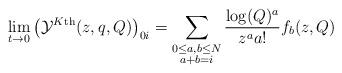
LaTeX: \begin{align*} \lim_{t \to 0} \left(\mathcal{Y}^{K \textnormal{th}}(z,q,Q) \right)_{0i} = \sum_{\substack{ 0 \leq a, b \leq N \\ a + b = i }} \frac{\log(Q)^a}{z^a a!} f_b(z,Q) \end{align*}